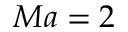
M a = 2